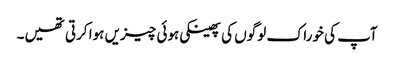
آپ کی خوراک لوگوں کی پھینکی ہوئی چیزیں ہوا کرتی تھیں۔